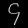
Digit: ၄